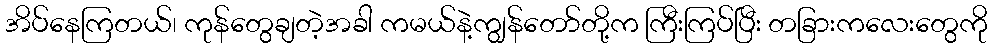
အိပ်နေကြတယ်၊ ကုန်တွေချတဲ့အခါ ကမယ်နဲ့ကျွန်တော်တို့က ကြီးကြပ်ပြီး တခြားကလေးတွေကို